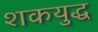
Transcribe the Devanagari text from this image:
शकयुद्ध